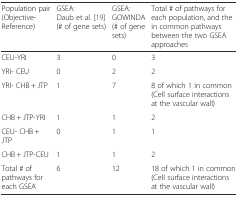
| Population pair(Objective-Reference) | GSEA:Daub et al. [19](# of gene sets) | GSEA:GOWINDA(# of gene sets) | Total # of pathways for each population, and the in common pathways between the two GSEA approaches |
 | --- | --- | --- | --- |
 | CEU-YRI | 3 | 0 | 3 |
 | YRI- CEU | 0 | 2 | 2 |
 | YRI- CHB + JTP | 1 | 7 | 8 of which 1 in common(Cell surface interactions at the vascular wall) |
 | CHB + JTP-YRI | 1 | 1 | 2 |
 | CEU- CHB + JTP | 0 | 1 | 1 |
 | CHB + JTP-CEU | 1 | 1 | 2 |
 | Total # of pathways for each GSEA | 6 | 12 | 18 of which 1 in common(Cell surface interactions at the vascular wall) |